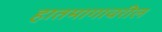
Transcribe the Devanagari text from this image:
हातमागावरील